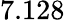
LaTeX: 7.128